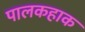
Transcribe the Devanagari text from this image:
पालकहाक